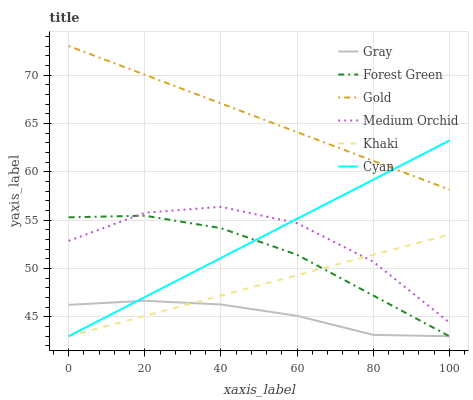
| xaxis_label | Gray | Forest Green | Gold | Medium Orchid | Khaki | Cyan |
 | --- | --- | --- | --- | --- | --- | --- |
 | 0 | 46.2 | 55.3 | 73 | 52.9 | 43 | 43 |
 | 20 | 46.7 | 55.5 | 70 | 55.8 | 45.1 | 47 |
 | 40 | 46.3 | 54.2 | 67.1 | 56.4 | 47.2 | 51.1 |
 | 60 | 45.1 | 51.4 | 64.1 | 54.7 | 49.3 | 55.1 |
 | 80 | 43.1 | 47.2 | 61.1 | 50.7 | 51.4 | 59.2 |
 | 100 | 43 | 43 | 58.2 | 44.4 | 53.5 | 63.2 |